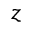
z